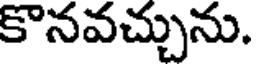
కొనవచ్చును.